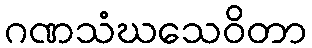
ဂဏသံဃသေဝိတာ